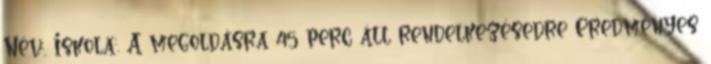
Név:. Iskola:. A megoldásra 45 perc áll rendelkezésedre Eredményes